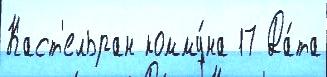
Каст'ельран комму́на 17 Да́та